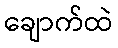
ချောက်ထဲ